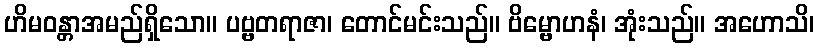
ဟိမဝန္တာအမည်ရှိသော။ ပဗ္ဗတရာဇာ၊ တောင်မင်းသည်။ ဗိမ္ဗောဟနံ၊ အုံးသည်။ အဟောသိ၊